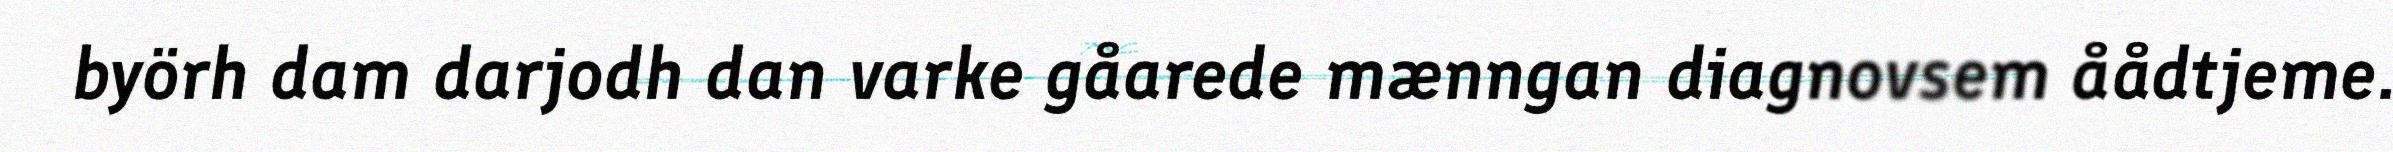
byörh dam darjodh dan varke gåarede mænngan diagnovsem åådtjeme.